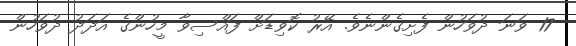
17 ވަނަ ދުވަހުން ފެށިގެންނެވެ. އޭރު ކޮވިޑަށް ފައްސިވާ މީހުންގެ އަދަދު ދުވަހުން